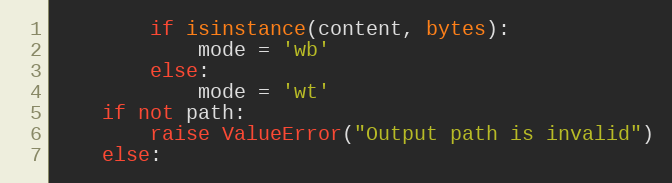
Language: Python
        if isinstance(content, bytes):
            mode = 'wb'
        else:
            mode = 'wt'
    if not path:
        raise ValueError("Output path is invalid")
    else: